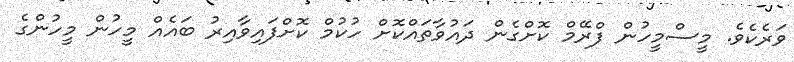
ވަރެކެވެ. މީސްމީހުން ފްރޭމް ކޮށްގެން ދައުވާތައްކޮށް ހުކުމް ކޮށްފައިވާއިރު ބައެއް މީހުން މީހުންގެ